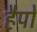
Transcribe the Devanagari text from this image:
हैपो